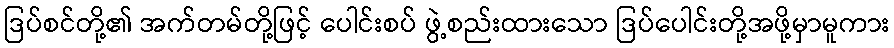
ဒြပ်စင်တို့၏ အက်တမ်တို့ဖြင့် ပေါင်းစပ် ဖွဲ့စည်းထားသော ဒြပ်ပေါင်းတို့အဖို့မှာမူကား